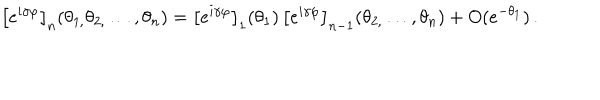
LaTeX: \left[ e ^ { i \gamma \varphi } \right] _ { n } ( \theta _ { 1 , } \theta _ { 2 , } \dots , \theta _ { n } ) = \left[ e ^ { i \gamma \varphi } \right] _ { 1 } ( \theta _ { 1 } ) \, \left[ e ^ { i \gamma \varphi } \right] _ { n - 1 } ( \theta _ { 2 , } \dots , \theta _ { n } ) + O ( e ^ { - \theta _ { 1 } } ) \, .